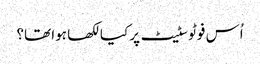
اُس فوٹو سٹیٹ پر کیا لکھا ہوا تھا؟